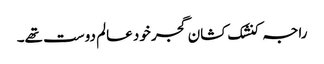
راجہ کنشک کشان گجر خود عالم دوست تھے۔